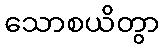
သောစယိတွာ